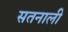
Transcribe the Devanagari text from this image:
सतनाली